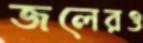
জলেরও